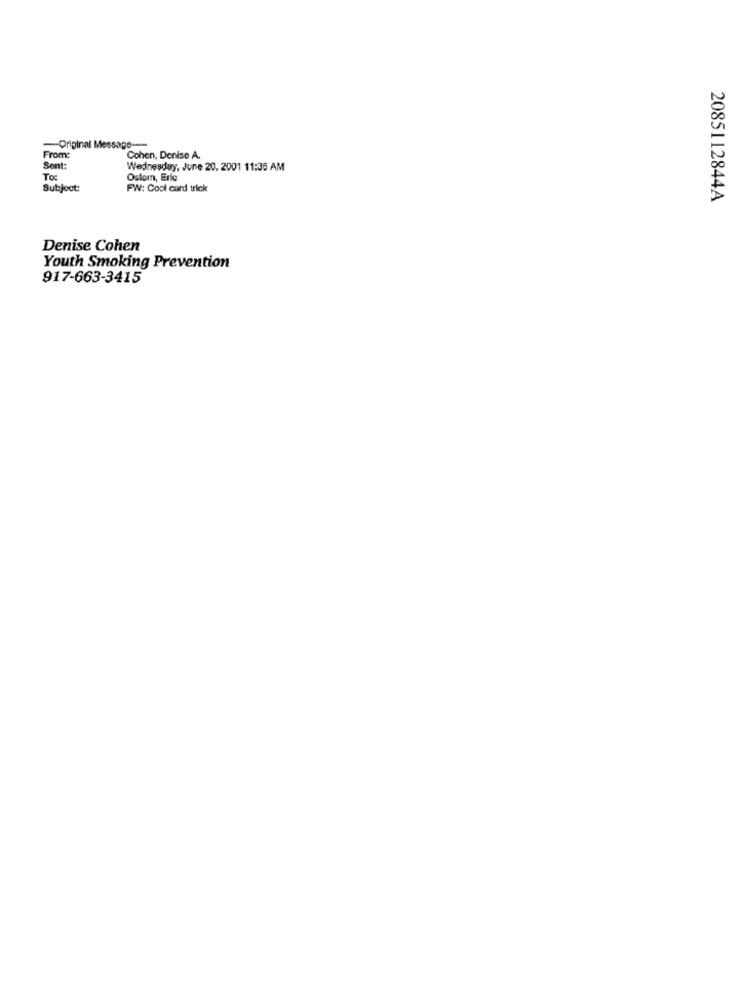
-Original
From:
Cohen, Denise A.
Sont:
Wednesday, June 20. 2001 11:36 AM
To:
Ostom, Eric
Subject:
FW: Cool card trick
2085112844A
Denise Cohen
Youth Smoking Prevention
917-663-3415